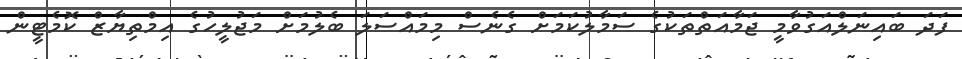
ފަދަ ބައިނަލްއަގުވާމީ ޖަމާއަތްތަކުގެ ސަމާލުކަމަށް ގެނެސް މިމައްސަލަ ބެލުމަށް މަޖުލީހުގެ އިމްތިޔާޒް ކޮމެޓީން